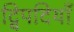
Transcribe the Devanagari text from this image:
द्विपदियाँ